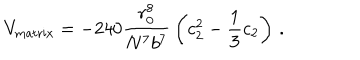
LaTeX: V _ { \mathrm { m a t r i x } } = - 2 4 0 { \frac { r _ { 0 } ^ { 8 } } { N ^ { 7 } b ^ { 7 } } } \left( c _ { 2 } ^ { 2 } - { \frac { 1 } { 3 } } c _ { 2 } \right) \, .